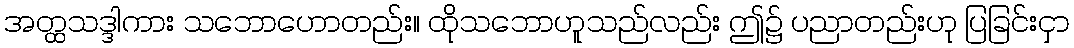
အတ္ထသဒ္ဒါကား သဘောဟောတည်း။ ထိုသဘောဟူသည်လည်း ဤ၌ ပညာတည်းဟု ပြခြင်းငှာ